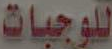
للوجبات